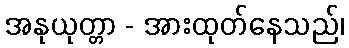
အနုယုတ္တာ - အားထုတ်နေသည်၊